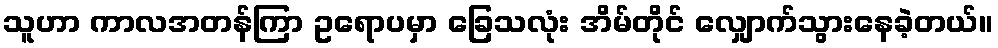
သူဟာ ကာလအတန်ကြာ ဥရောပမှာ ခြေသလုံး အိမ်တိုင် လျှောက်သွားနေခဲ့တယ်။